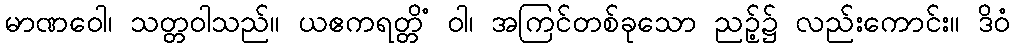
မာဏဝေါ၊ သတ္တဝါသည်။ ယဧကရတ္တိံ ဝါ၊ အကြင်တစ်ခုသော ညဉ့်၌ လည်းကောင်း။ ဒိဝံ